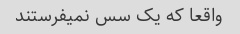
واقعا که یک سس نمیفرستند